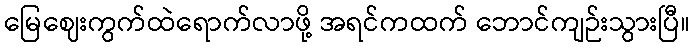
မြေဈေးကွက်ထဲရောက်လာဖို့ အရင်ကထက် ဘောင်ကျဉ်းသွားပြီ။